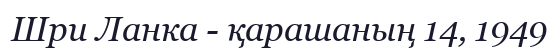
Шри Ланка - қарашаның 14, 1949